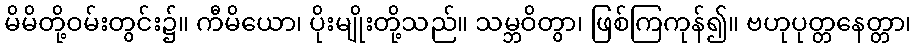
မိမိတို့ဝမ်းတွင်း၌။ ကီမိယော၊ ပိုးမျိုးတို့သည်။ သမ္ဘဝိတွာ၊ ဖြစ်ကြကုန်၍။ ဗဟုပုတ္တနေတ္တာ၊